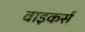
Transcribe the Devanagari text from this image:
वाइकर्स